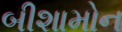
બીશામોન